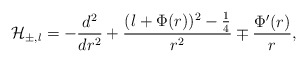
\begin{align*}{\cal H}_{\pm,l} = -\displaystyle\frac{d^2}{dr^2} + \displaystyle\frac{(l +\Phi(r))^2 - \frac{1}{4}}{r^2} \mp \displaystyle\frac{\Phi'(r)}{r},\end{align*}